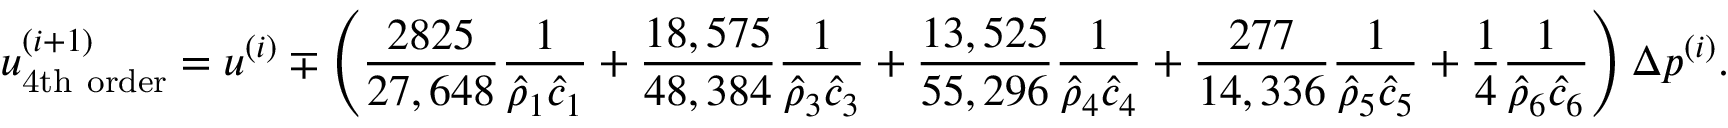
u _ { \mathrm { 4 t h ~ o r d e r } } ^ { ( i + 1 ) } = u ^ { ( i ) } \mp \left( \frac { 2 8 2 5 } { 2 7 , 6 4 8 } \frac { 1 } { \hat { \rho } _ { 1 } \hat { c } _ { 1 } } + \frac { 1 8 , 5 7 5 } { 4 8 , 3 8 4 } \frac { 1 } { \hat { \rho } _ { 3 } \hat { c } _ { 3 } } + \frac { 1 3 , 5 2 5 } { 5 5 , 2 9 6 } \frac { 1 } { \hat { \rho } _ { 4 } \hat { c } _ { 4 } } + \frac { 2 7 7 } { 1 4 , 3 3 6 } \frac { 1 } { \hat { \rho } _ { 5 } \hat { c } _ { 5 } } + \frac { 1 } { 4 } \frac { 1 } { \hat { \rho } _ { 6 } \hat { c } _ { 6 } } \right) \Delta p ^ { ( i ) } .